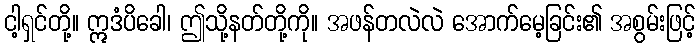
ငါ့ရှင်တို့။ ဣဒံပိခေါ၊ ဤသို့နတ်တို့ကို။ အဖန်တလဲလဲ အောက်မေ့ခြင်း၏ အစွမ်းဖြင့်